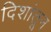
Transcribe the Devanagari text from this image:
दिशांतून